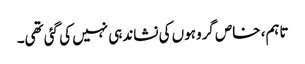
تاہم، خاص گروہوں کی نشاندہی نہیں کی گئی تھی۔